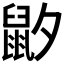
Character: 𱌍